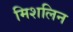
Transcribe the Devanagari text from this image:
मिशलिन